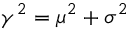
\gamma ^ { 2 } = \mu ^ { 2 } + \sigma ^ { 2 }